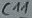
Text: C11